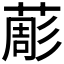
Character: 𦸔